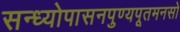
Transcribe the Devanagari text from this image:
सन्ध्योपासनपुण्यपूतमनसो